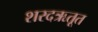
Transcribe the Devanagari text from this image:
शरदऋतूत